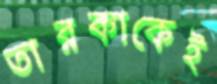
তারকাকেই